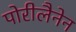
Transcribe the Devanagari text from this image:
पोरीलैनेन